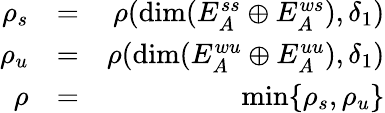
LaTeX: \begin{array}{rlr}{\rho_{s}}&{=}&{\rho(\mathrm{dim}(E_{A}^{ss}\oplus E_{A}^{ws}),\delta_{1})}\\ {\rho_{u}}&{=}&{\rho(\mathrm{dim}(E_{A}^{wu}\oplus E_{A}^{uu}),\delta_{1})}\\ {\rho}&{=}&{\operatorname*{min}\{ \rho_{s},\rho_{u}\} }\end{array}